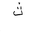
Letter: _tha